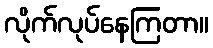
လိုက်လုပ်နေကြတာ။